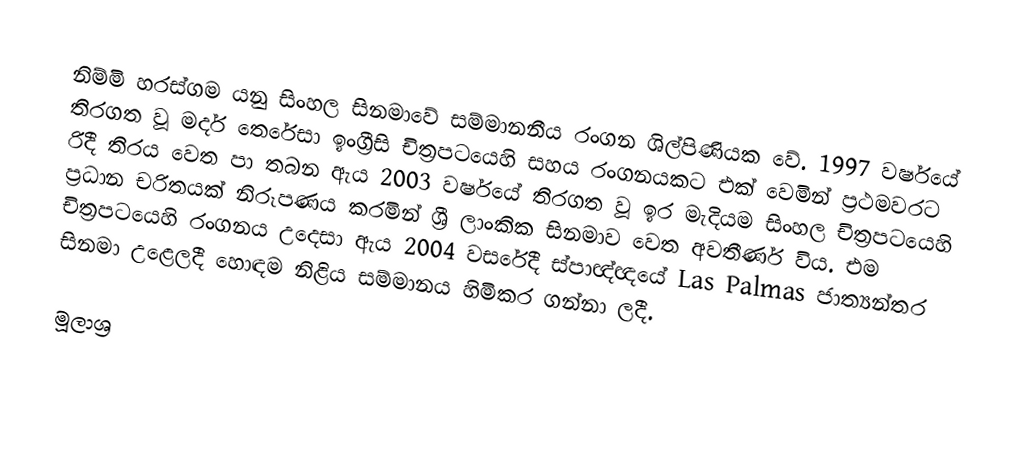
නිම්මි හරස්ගම යනු සිංහල සිනමාවේ සම්මානනීය රංගන ශිල්පිණියක වේ. 1997 වර්ෂයේ තිරගත වූ මදර් තෙරේසා ඉංග්‍රීසි චිත්‍රපටයෙහි සහය රංගනයකට එක් වෙමින් ප්‍රථමවරට රිදී තිරය වෙත පා තබන ඇය 2003 වර්ෂයේ තිරගත වූ ඉර මැදියම සිංහල චිත්‍රපටයෙහි ප්‍රධාන චරිතයක් නිරූපණය කරමින් ශ්‍රී ලාංකික සිනමාව වෙත අවතීර්ණ විය. එම චිත්‍රපටයෙහි රංගනය උදෙසා ඇය 2004 වසරේදී ස්පාඥ්ඥයේ Las Palmas ජාත්‍යන්තර සිනමා උළෙලදී හොඳම නිළිය සම්මානය හිමිකර ගන්නා ලදී.

මූලාශ්‍ර